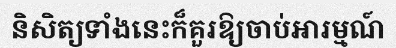
និសិត្យទាំងនេះក៏គួរឱ្យចាប់អារម្មណ៍